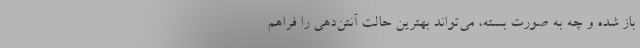
باز شده و چه به صورت بسته، می‌تواند بهترین حالت آنتن‌دهی را فراهم